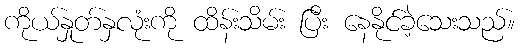
ကိုယ်နှုတ်နှလုံးကို ထိန်းသိမ်း ပြီး နေနိုင်ခဲ့သေးသည်။